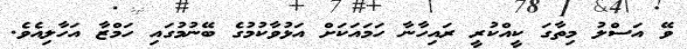
ވޭ އަސްލު މިތާގަ ކީއްކުރީ ރައިހާނާ ހަމައަކަށް އަޅުވާކުމުގެ ބޭނުމުގައި ހަމްޒާ އަހާލިއެވެ.